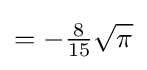
=-{\tfrac {8}{15}}{\sqrt {\pi }}